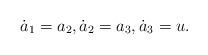
LaTeX: \begin{align*} \dot{a}_1 = a_2, \dot{a}_2 = a_3, \dot{a}_3 = u.\end{align*}